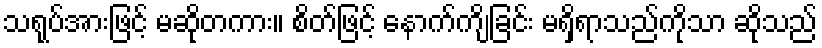
သရုပ်အားဖြင့် မဆိုတကား။ စိတ်ဖြင့် နောက်ကျိခြင်း မရှိရာသည်ကိုသာ ဆိုသည်